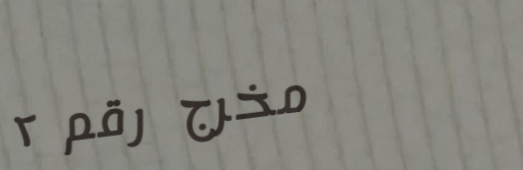
مخرج رقم ٢